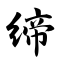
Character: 缔